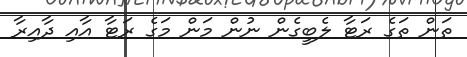
ތަން ތަގެ ރަޓާ ލެބީގެން ނުން މަން މަގެ ރަޓާ އާއި ދާއިރާ